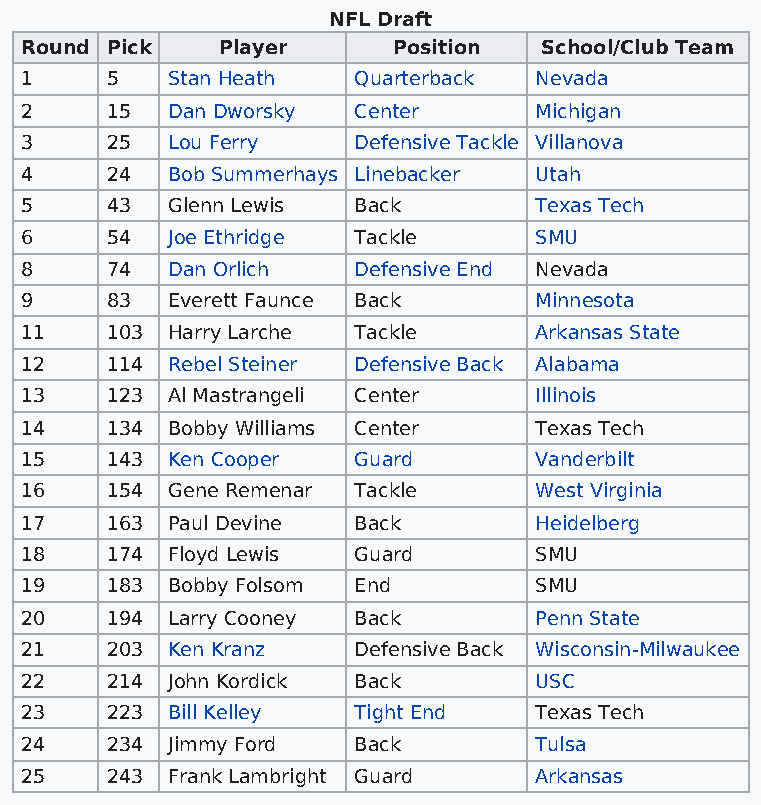
NFL Draft
 Round Pick   Player      Position  School/Club Team
 1     5   Stan Heath  Quarterback Nevada
 2     15  Dan Dworsky Center      Michigan
 3     25  Lou Ferry   Defensive Tackle Villanova
 4     24  Bob Summerhays Linebacker Utah
 5     43  Glenn Lewis Back        Texas Tech
 6     54  Joe Ethridge Tackle     SMU
 8     74  Dan Orlich  Defensive End Nevada
 9     83  Everett Faunce Back     Minnesota
 11    103 Harry Larche Tackle     Arkansas State
 12    114 Rebel Steiner Defensive Back Alabama
 13    123 Al Mastrangeli Center   Illinois
 14    134 Bobby Williams Center   Texas Tech
 15    143 Ken Cooper  Guard       Vanderbilt
 16    154 Gene Remenar Tackle     West Virginia
 17    163 Paul Devine Back        Heidelberg
 18    174 Floyd Lewis Guard       SMU
 19    183 Bobby Folsom End        SMU
 20    194 Larry Cooney Back       Penn State
 21    203 Ken Kranz   Defensive Back Wisconsin-Milwaukee
 22    214 John Kordick Back       USC
 23    223 Bill Kelley Tight End   Texas Tech
 24    234 Jimmy Ford  Back        Tulsa
 25    243 Frank Lambright Guard   Arkansas